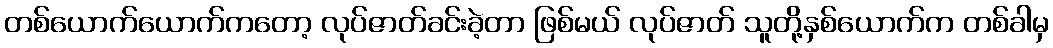
တစ်ယောက်ယောက်ကတော့ လုပ်ဇာတ်ခင်းခဲ့တာ ဖြစ်မယ် လုပ်ဇာတ် သူတို့နှစ်ယောက်က တစ်ခါမှ